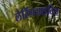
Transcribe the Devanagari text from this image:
लैरिंगजाइटिस